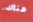
هناك